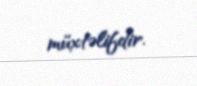
müxtəlifdir.